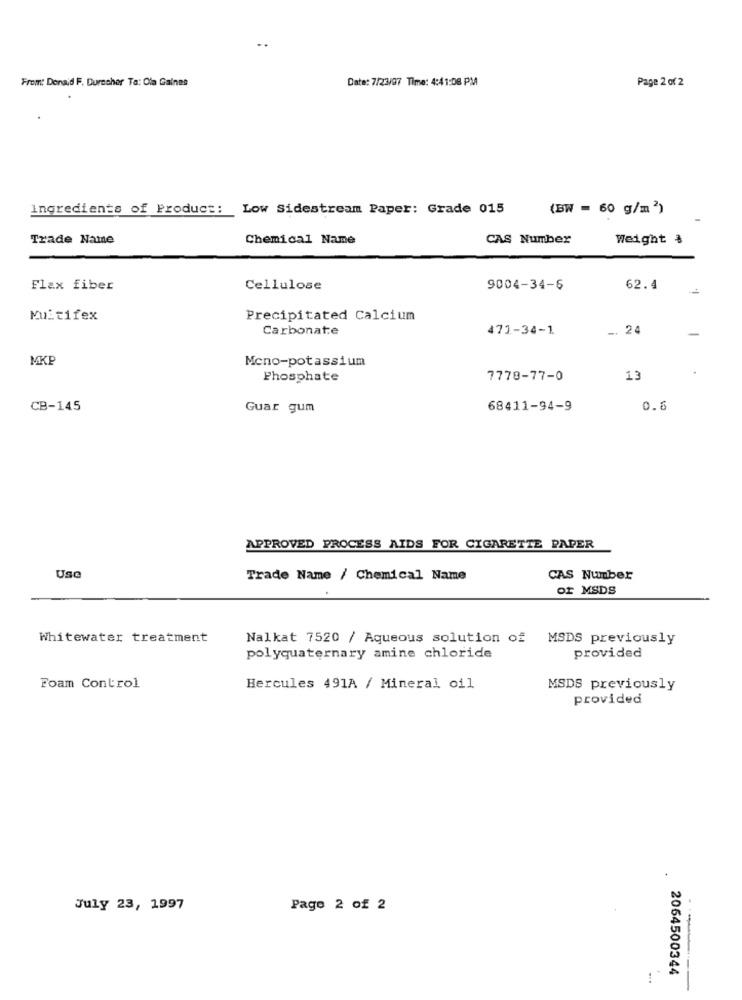
From: Donald F. Durocher Ta: Ola Gaines
Date: 7/23/07 Time: 4:41:08 PM
Page 2 of 2
Ingredients of Product: Low Sidestream Paper: Grade 015
(BW = 60 g/m2)
Trade Name
Chemical Name
CAS Number
Weight &
Flax fiber
Cellulose
9004-34-6
62.4
Kuitifex
Precipitated Calcium
Carbonate
471-34-1
-. 24
MKP
Mcno-potassium
Phosphate
7778-77-0
13
CB-145
Guar gum
68411-94-9
0.6
APPROVED PROCESS AIDS FOR CIGARETTE PAPER
Use
Trade Name / Chemical Name
CAS Number
or MSDS
Whitewater treatment
Nalkat 7520 / Aqueous solution of MSDS previously
polyquaternary amine chloride
provided
Foam Control
Hercules 491A / Mineral oil
MSDS previously
provided
July 23, 1997
Pago 2 of 2
2064500344